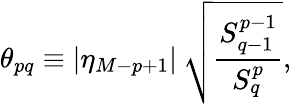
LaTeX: \theta_{pq}\equiv|\eta_{M-p+1}|\: \sqrt{\frac{S_{q-1}^{p-1}}{S_{q}^{p}}},